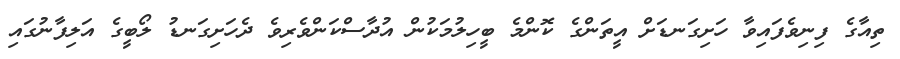
ތިއާގެ ފިނިވެފައިވާ ހަށިގަނޑަށް އީތަންގެ ކޮންމެ ބީހިލުމަކުން އުދާސްކަންވެރިވެ ދެހަށިގަނޑު ލޯބީގެ އަލިފާނުގައި